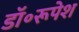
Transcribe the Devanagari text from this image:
डॉ॰रूपेश